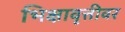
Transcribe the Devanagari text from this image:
भिक्षावृत्तीवर